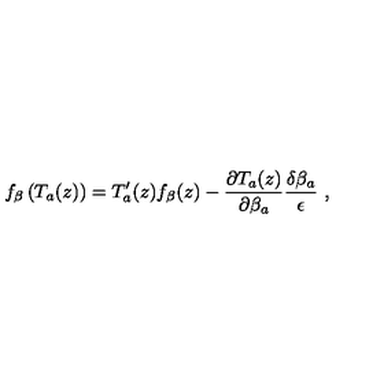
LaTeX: f _ { \beta } \left( T _ { a } ( z ) \right) = T _ { a } ^ { \prime } ( z ) f _ { \beta } ( z ) - \frac { \partial T _ { a } ( z ) } { \partial \beta _ { a } } \frac { \delta \beta _ { a } } { \epsilon } \ ,